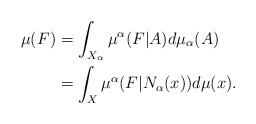
LaTeX: \begin{align*} \mu(F)&=\int_{X_{\alpha}}\mu^{\alpha}(F|A)d\mu_{\alpha}(A)\\ &=\int_{X}\mu^{\alpha}(F|N_{\alpha}(x))d\mu(x). \end{align*}